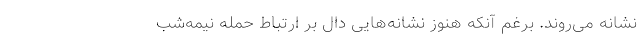
نشانه می‌روند. برغم آنکه هنوز نشانه‌هایی دال بر ارتباط حمله نیمه‌شب